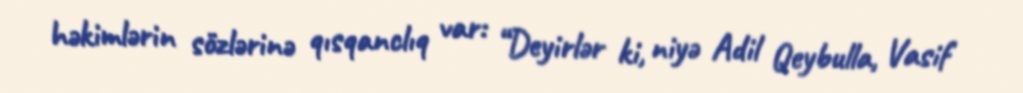
həkimlərin sözlərinə qısqanclıq var: “Deyirlər ki, niyə Adil Qeybulla, Vasif